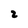
Character: 2